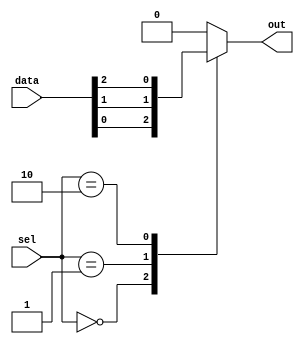
module mux_256to1 (
    input [255:0] data,
    input [7:0] sel,
    output reg out
);

always @(*) begin
    case(sel)
        8'b00000000: out = data[0];
        8'b00000001: out = data[1];
        8'b00000010: out = data[2];
        // continue for all 256 input signals
        default: out = 1'b0; // default case
    endcase
end

endmodule